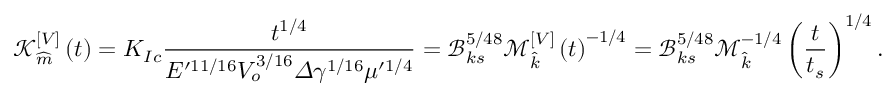
\mathcal { K } _ { \widehat { m } } ^ { [ V ] } \left( t \right) = K _ { I c } \frac { t ^ { 1 / 4 } } { E ^ { \prime 1 1 / 1 6 } V _ { o } ^ { 3 / 1 6 } \varDelta \gamma ^ { 1 / 1 6 } \mu ^ { \prime 1 / 4 } } = \mathcal { B } _ { k s } ^ { 5 / 4 8 } \mathcal { M } _ { \widehat { k } } ^ { [ V ] } \left( t \right) ^ { - 1 / 4 } = \mathcal { B } _ { k s } ^ { 5 / 4 8 } \mathcal { M } _ { \widehat { k } } ^ { - 1 / 4 } \left( \frac { t } { t _ { s } } \right) ^ { 1 / 4 } .